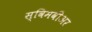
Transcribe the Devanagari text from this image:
स्विमवीअर